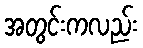
အတွင်းကလည်း